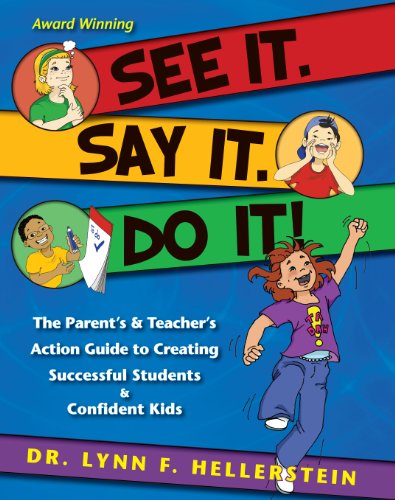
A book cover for See It. Say It. Do It! The Parent's & Teacher's Action Guide to Creating Successful Students & Confident Kids; Dr. Lynn F. Hellerstein; Health, Fitness & Dieting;